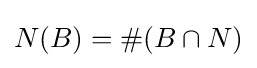
{N}(B)=\#(B\cap {N})